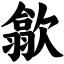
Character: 歙